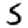
Digit: 5